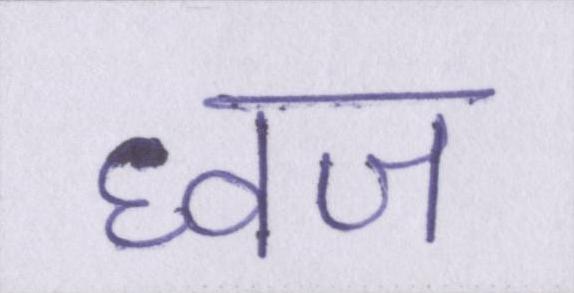
ध्वज